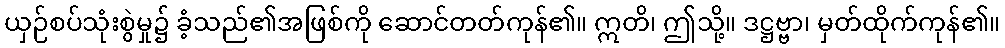
ယှဉ်စပ်သုံးစွဲမှု၌ ခံ့သည်၏အဖြစ်ကို ဆောင်တတ်ကုန်၏။ ဣတိ၊ ဤသို့။ ဒဋ္ဌဗ္ဗာ၊ မှတ်ထိုက်ကုန်၏။